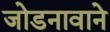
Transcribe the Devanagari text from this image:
जोडनावाने